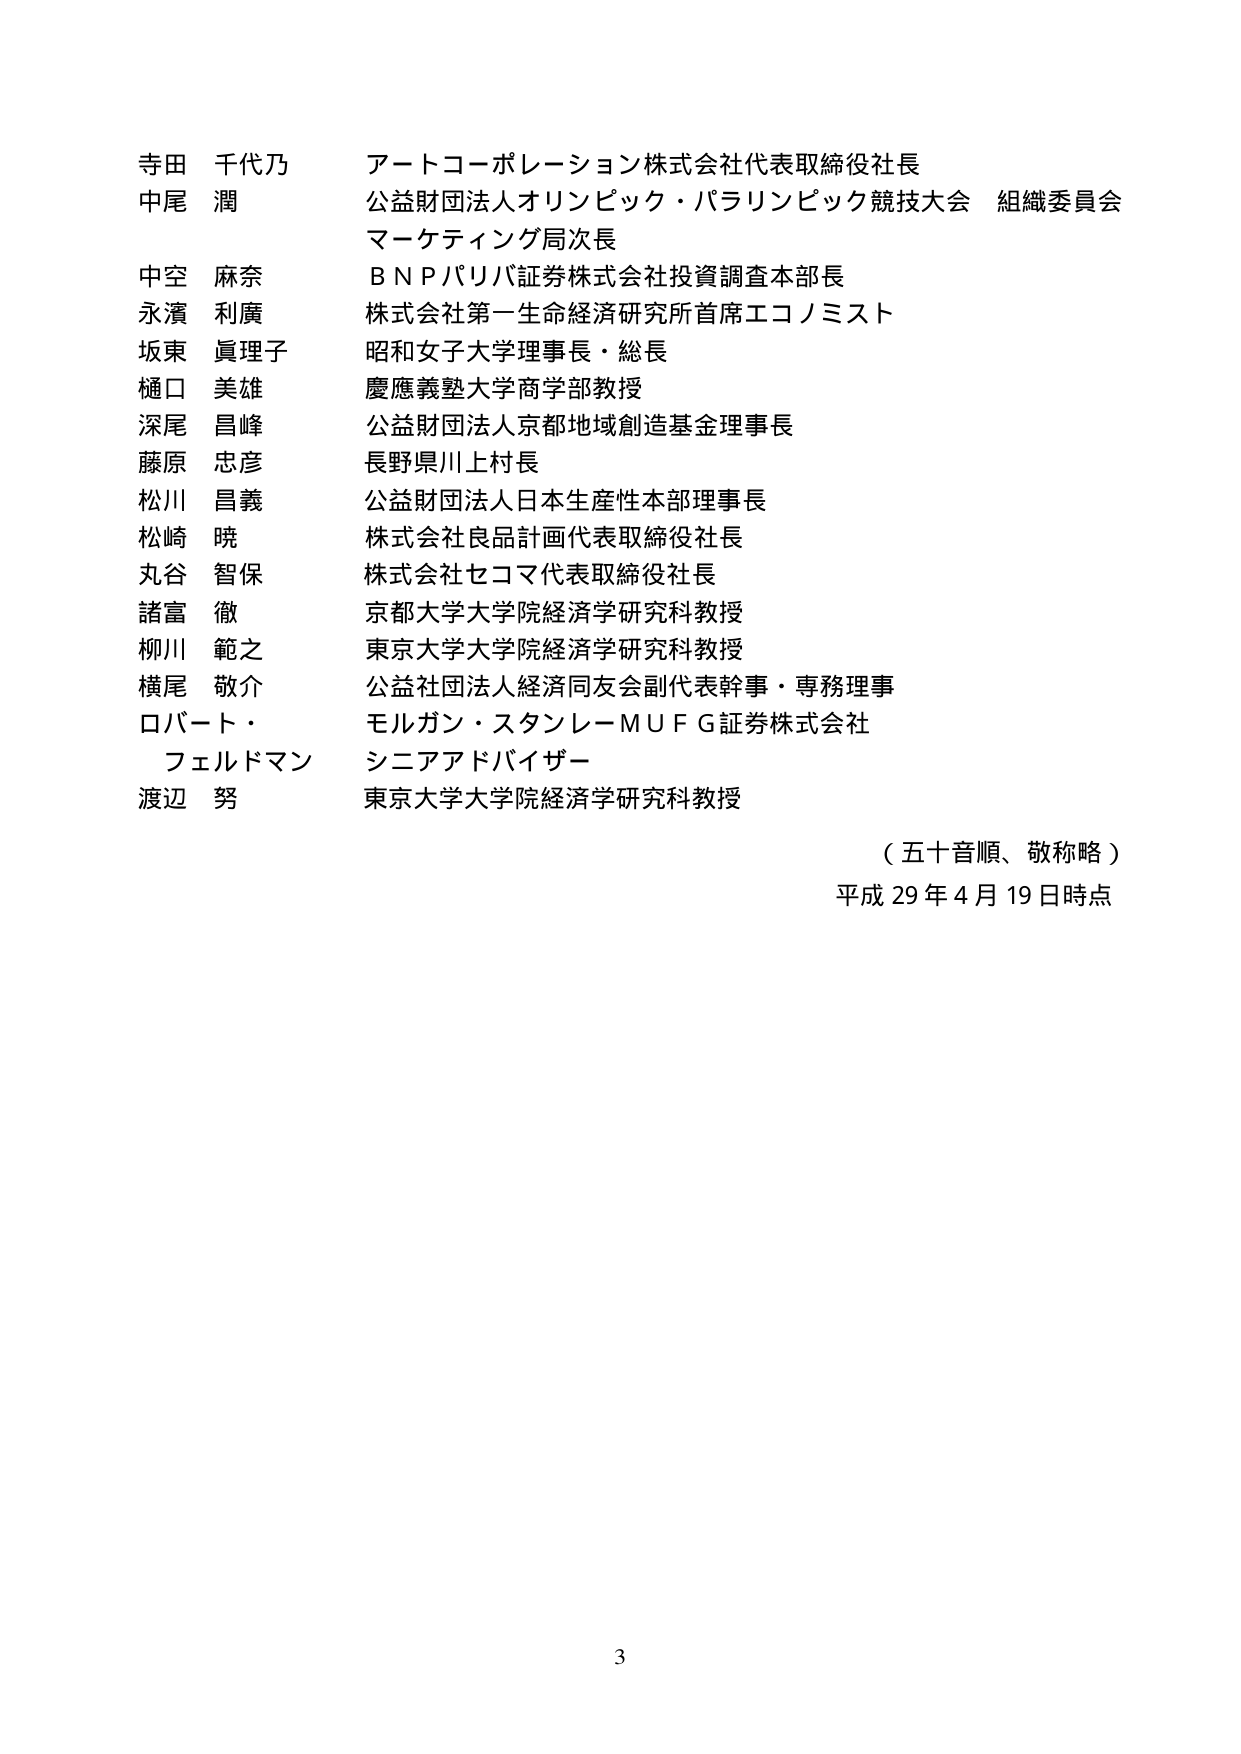
寺田 千代乃 アートコーポレーション株式会社代表取締役社長
中尾 潤 公益財団法人オリンピック・パラリンピック競技大会 組織委員会
　　　　　マーケティング局次長
中空 麻奈 ＢＮＰパリバ証券株式会社投資調査本部長
永濱 利廣 株式会社第一生命経済研究所首席エコノミスト
坂東 眞理子 昭和女子大学理事長・総長
樋口 美雄 慶應義塾大学商学部教授
深尾 昌峰 公益財団法人京都地域創造基金理事長
藤原 忠彦 長野県川上村長
松川 昌義 公益財団法人日本生産性本部理事長
松崎 暁 株式会社良品計画代表取締役社長
丸谷 智保 株式会社セコマ代表取締役社長
諸富 徹 京都大学大学院経済学研究科教授
柳川 範之 東京大学大学院経済学研究科教授
横尾 敬介 公益社団法人経済同友会副代表幹事・専務理事
ロバート・ モルガン・スタンレーＭＵＦＧ証券株式会社
　フェルドマン シニアアドバイザー
渡辺 努 東京大学大学院経済学研究科教授

（五十音順、敬称略）
平成29年4月19日時点

3